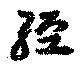
經